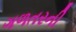
ગળતરની